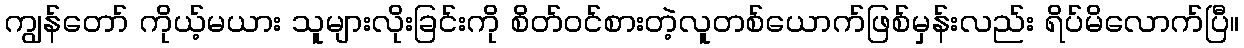
ကျွန်တော် ကိုယ့်မယား သူများလိုးခြင်းကို စိတ်ဝင်စားတဲ့လူတစ်ယောက်ဖြစ်မှန်းလည်း ရိပ်မိလောက်ပြီ။